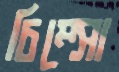
চিম্‌সো